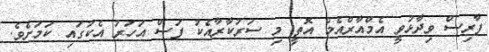
ފާރިސް ވިދާޅުވީ އެމްއާރްއެމް އޮތީ މި ސަރުކާރާއެކު ފަސް އަހަރު އެކުގައި ކަމަށެވެ.